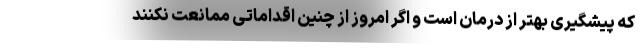
که پیشگیری بهتر از درمان است و اگر امروز از چنین اقداماتی ممانعت نکنند